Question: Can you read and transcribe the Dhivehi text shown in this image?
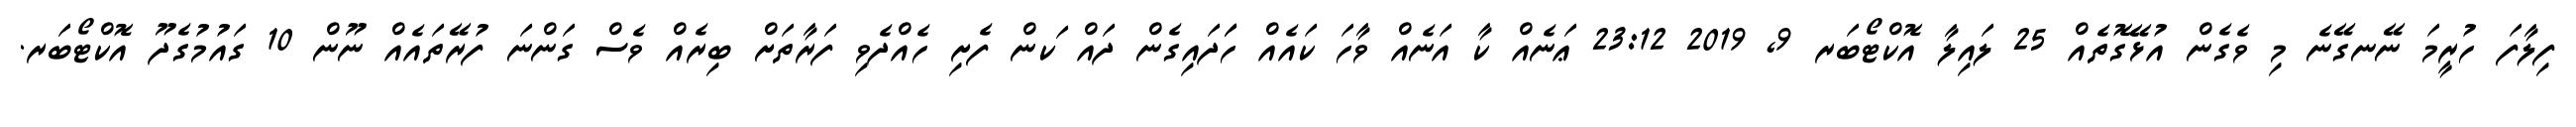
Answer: ފިލާފަ ހުރީމަ ނޭނގޭނެ މި ވެގެން އުޅޭގޮތެއް 25 ލައިލާ އޮކްޓޯބަރ 9, 2019 23:12 ޢަނެއް ކާ އަނެއް ވާހަ ކައެއް ހަަދައިގެން ދައް ަކން ފެށި ހެއްދެވި ފަރާތަށް ބިރެއް ވެސް ގަންނަ ފުރޭތައެއް ނޫން 10 ގައުމުގެދޫ އޮކްޓޯބަރ.